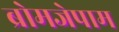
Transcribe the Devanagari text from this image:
ब्रोमजेपाम